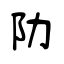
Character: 阞